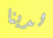
لدينا